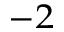
^ { - 2 }